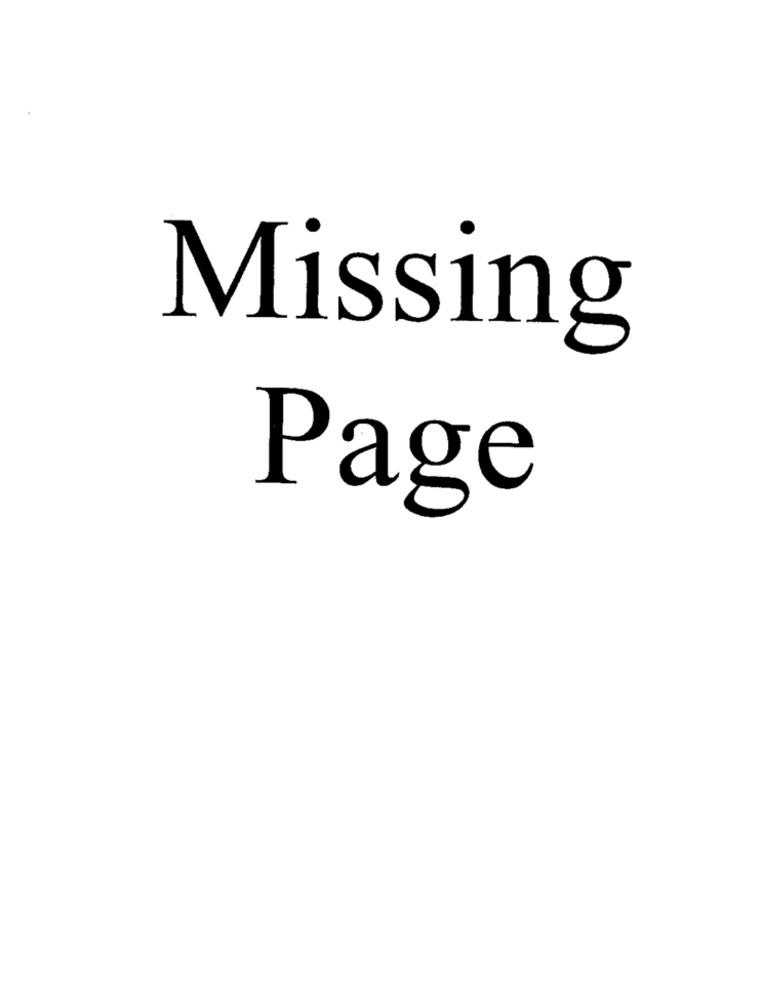
Missing
Page